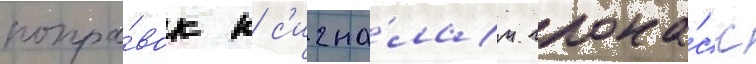
попра́вок к с'игна́лам глона́сс